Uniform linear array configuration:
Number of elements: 48
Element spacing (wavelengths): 0.75
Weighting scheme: hamming
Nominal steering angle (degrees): -45
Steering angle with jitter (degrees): -43.755
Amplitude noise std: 0.05
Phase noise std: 0.05

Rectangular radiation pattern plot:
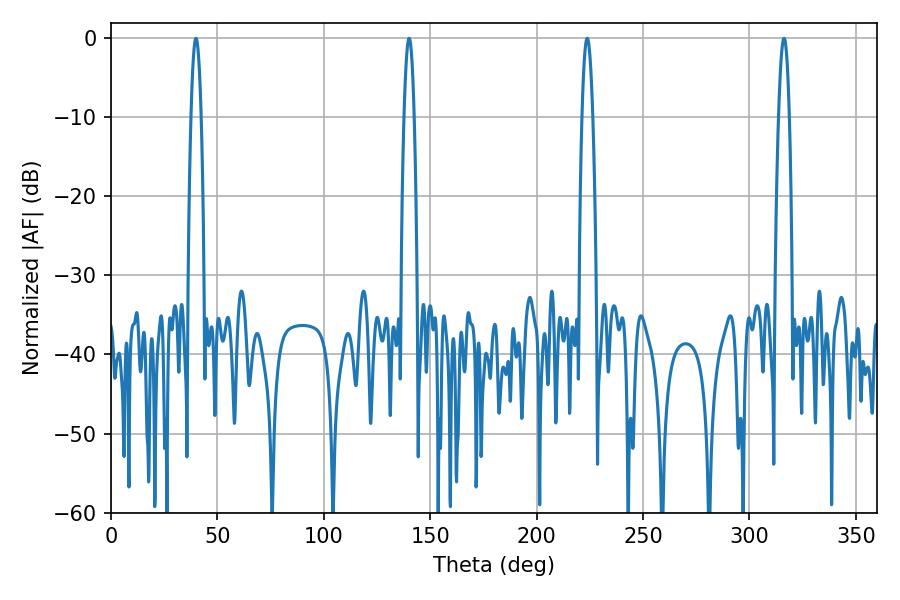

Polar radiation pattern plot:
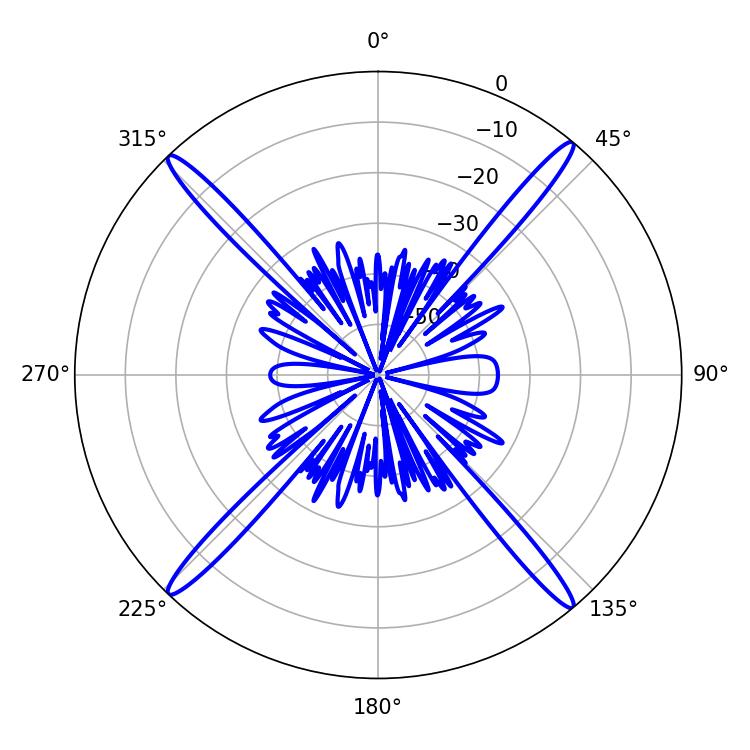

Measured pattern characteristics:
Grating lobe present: TRUE
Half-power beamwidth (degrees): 2.7
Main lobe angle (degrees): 316.26